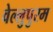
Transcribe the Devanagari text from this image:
वेल्लुपुरम